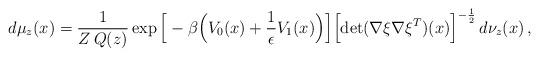
LaTeX: \begin{align*} d\mu_z(x) = \frac{1}{Z\,Q(z)}\exp\Big[-\beta\Big(V_0(x) + \frac{1}{\epsilon} V_1(x)\Big)\Big] \Big[\mbox{det}(\nabla \xi\nabla \xi^T)(x)\Big]^{-\frac{1}{2}}\,d\nu_z(x)\,, \end{align*}